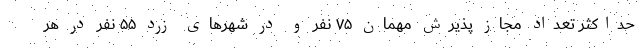
حداکثر تعداد مجاز پذیرش مهمان ۷۵ نفر و در شهرهای زرد ۵۵ نفر در هر